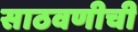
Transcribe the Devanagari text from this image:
साठवणीची